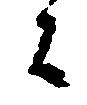
候